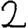
Digit: 2